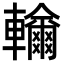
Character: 𨏤